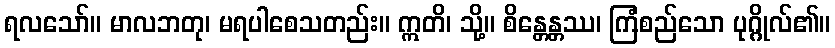
ရလသော်။ မာလဘတု၊ မရပါစေသတည်း။ ဣတိ၊ သို့။ စိန္တေန္တဿ၊ ကြံစည်သော ပုဂ္ဂိုလ်၏။